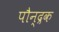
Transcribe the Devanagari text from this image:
पौन्द्रक